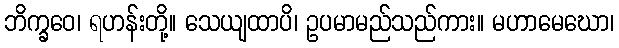
ဘိက္ခဝေ၊ ရဟန်းတို့။ သေယျထာပိ၊ ဥပမာမည်သည်ကား။ မဟာမေဃော၊